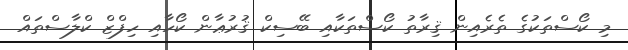
މި ކޯސްތަކުގެ ތެރެއިން ޤިރާތު ކޯސްތަކާއި ބޭސިކް ޤުރުޢާން ކޯހާއި ހިފްޒް ކްލާސްތައް